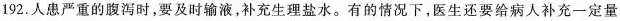
192.人患严重的腹泻时，要及时输液，补充生理盐水。有的情况下，医生还要给病人补充一定量